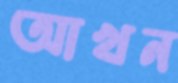
আখন